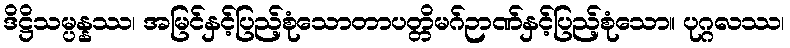
ဒိဋ္ဌိသမ္ပန္နဿ၊ အမြင်နှင့်ပြည့်စုံသောတာပတ္တိမဂ်ဉာဏ်နှင့်ပြည့်စုံသော။ ပုဂ္ဂလဿ၊